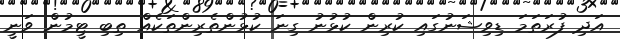
އަދި ފުރަތަމަ ޑިވިޝަނުގައި ކުރިން ކުޅުނު ގިނަ ކުޅުންތެރިންތަކެއް ތިބި ޓީމުން ވަނީ